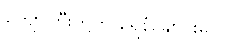
ကျော်ကြီးတို့က ရေနံချောင်းမှာ။